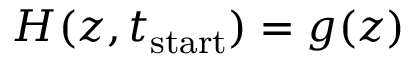
H ( z , t _ { \mathrm { s t a r t } } ) = g ( z )